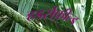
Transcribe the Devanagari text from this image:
हडर्सफ़ील्ड